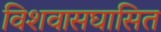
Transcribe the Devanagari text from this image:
विशवासघासित